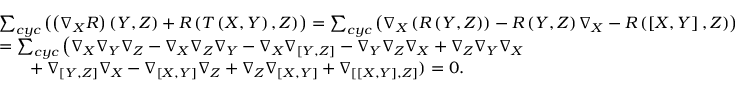
\begin{array} { r l } & { \sum _ { c y c } \left( \left( \nabla _ { X } R \right) \left( Y , Z \right) + R \left( T \left( X , Y \right) , Z \right) \right) = \sum _ { c y c } \left( \nabla _ { X } \left( R \left( Y , Z \right) \right) - R \left( Y , Z \right) \nabla _ { X } - R \left( \left[ X , Y \right] , Z \right) \right) } \\ & { = \sum _ { c y c } \left( \nabla _ { X } \nabla _ { Y } \nabla _ { Z } - \nabla _ { X } \nabla _ { Z } \nabla _ { Y } - \nabla _ { X } \nabla _ { \left[ Y , Z \right] } - \nabla _ { Y } \nabla _ { Z } \nabla _ { X } + \nabla _ { Z } \nabla _ { Y } \nabla _ { X } \right. } \\ & { \mathrm { ~ \ \ \ \ } + \nabla _ { \left[ Y , Z \right] } \nabla _ { X } - \nabla _ { \left[ X , Y \right] } \nabla _ { Z } + \nabla _ { Z } \nabla _ { \left[ X , Y \right] } + \nabla _ { \left[ \left[ X , Y \right] , Z \right] } ) = 0 . } \end{array}